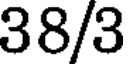
38/3